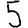
Digit: 5